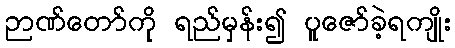
ဉာဏ်တော်ကို ရည်မှန်း၍ ပူဇော်ခဲ့ရကျိုး